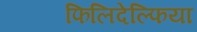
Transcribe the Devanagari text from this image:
फिलिदेल्फिया